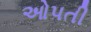
ઓપતી